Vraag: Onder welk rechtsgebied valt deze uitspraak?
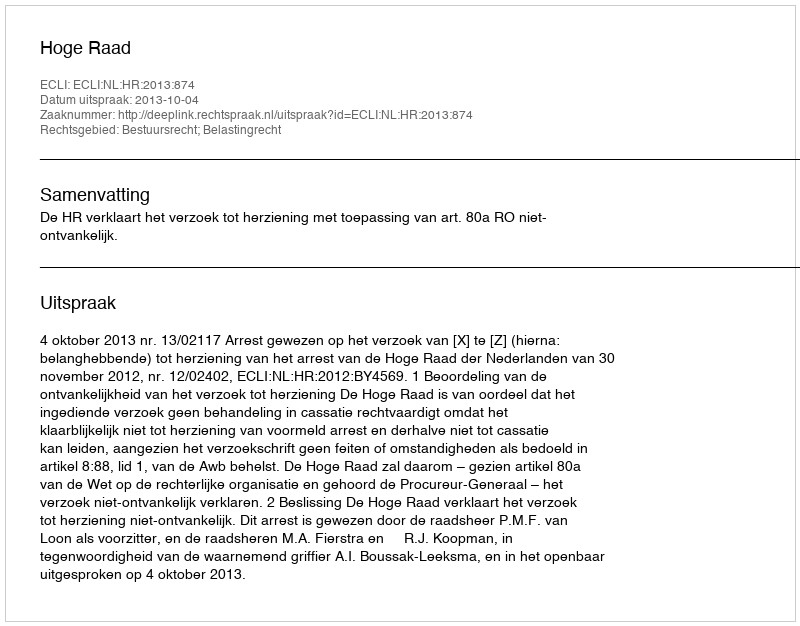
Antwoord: Bestuursrecht; Belastingrecht